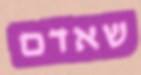
שאדם